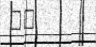
٩٧